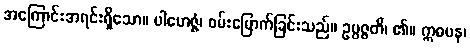
အကြောင်းအရင်းရှိသော။ ပါမောဇ္ဇံ၊ ဝမ်းမြောက်ခြင်းသည်။ ဥပ္ပဇ္ဇတိ၊ ၏။ ဣဓပန၊